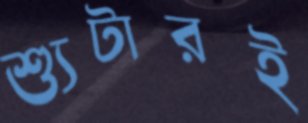
শ্যুটারই